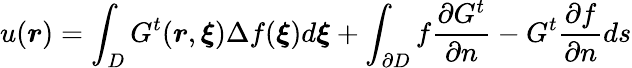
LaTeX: u(\boldsymbol{r})=\int_{D}G^{t}(\boldsymbol{r},\boldsymbol{\xi})\Delta f(\boldsymbol{\xi})d\boldsymbol{\xi}+\int_{\partial D}f\frac{\partial G^{t}}{\partial n}-G^{t}\frac{\partial f}{\partial n}ds